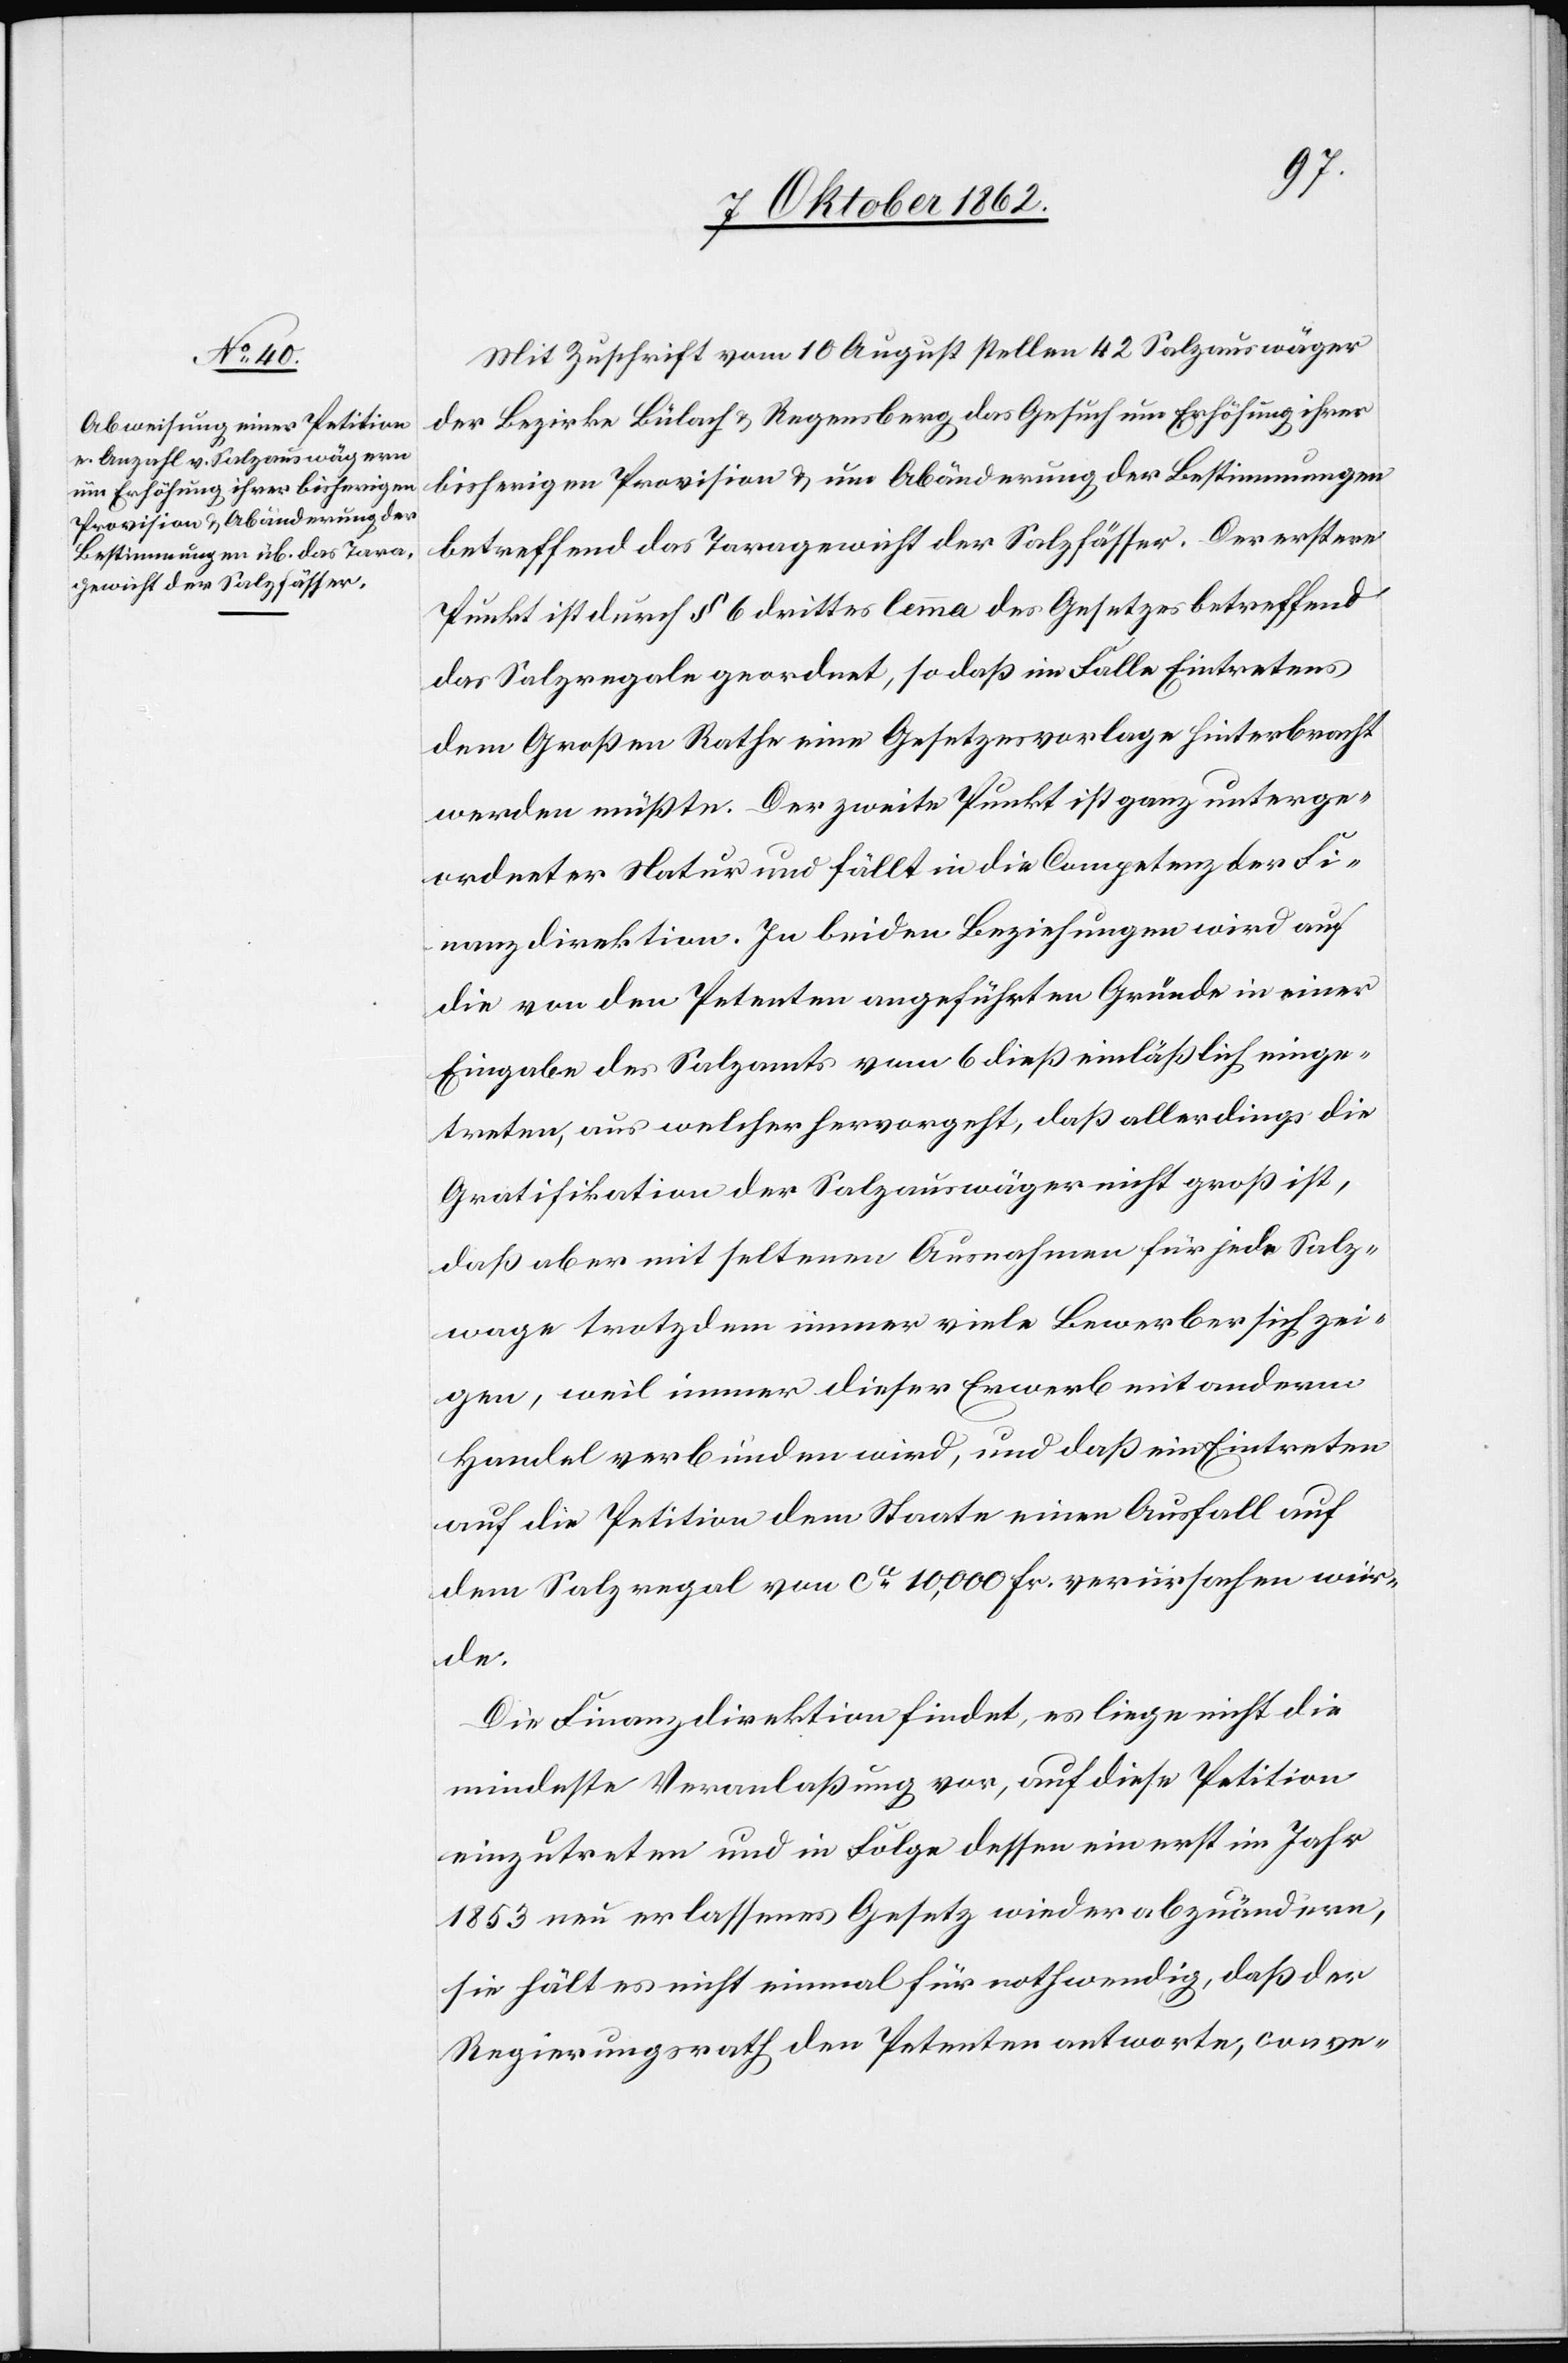
Mit Zuschrift vom 10. August stellen 42 Salzauswäger
der Bezirke Bülach u. Regensberg das Gesuch um Erhöhung ihrer
bisherigen Provision u. um Abänderung der Bestimmungen
betreffend das Taragewicht der Salzfässer. Der erstere
Punkt ist durch § 6 drittes Lemma des Gesetzes betreffend
das Salzregale geordnet, so daß im Falle Eintretens
dem Großen Rathe eine Gesetzesvorlage hinterbracht
werden müßte. Der zweite Punkt ist ganz unterge¬
ordneter Natur und fällt in die Competenz der Fi¬
nanzdirektion. In beiden Beziehungen wird auf
die von den Petenten angeführten Gründe in einer
Eingabe des Salzamts vom 6. dieß einläßlich einge¬
treten, aus welcher hervorgeht, daß allerdings die
Gratifikation der Salzauswäger nicht groß ist,
daß aber mit seltenen Ausnahmen für jede Salz¬
wage trotzdem immer viele Bewerber sich zei¬
gen, weil immer dieser Erwerb mit anderm
Handel verbunden wird, und daß ein Eintreten
auf die Petition dem Staate einen Ausfall auf
dem Salzregal von ca 10,000 Fr. verursachen wür¬
de.
Die Finanzdirektion findet, es liege nicht die
mindeste Veranlaßung vor, auf diese Petition
einzutreten und in Folge dessen ein erst im Jahr
1853 neu erlassenes Gesetz wieder abzuändern,
sie hält es nicht einmal für nothwendig, daß der
Regierungsrath den Petenten antworte, conve-